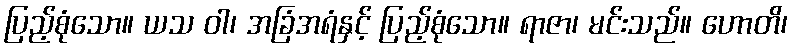
ပြည့်စုံသော။ ယသ ဝါ၊ အခြံအရံနှင့် ပြည့်စုံသော။ ရာဇာ၊ မင်းသည်။ ဟောတိ၊